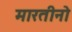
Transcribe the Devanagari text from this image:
मारतीनो